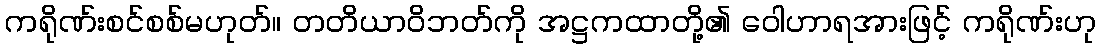
ကရိုဏ်းစင်စစ်မဟုတ်။ တတိယာဝိဘတ်ကို အဋ္ဌကထာတို့၏ ဝေါဟာရအားဖြင့် ကရိုဏ်းဟု